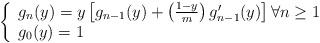
LaTeX: \begin{align*}\left\{\begin{array}{ll}g_n(y)=y\left[g_{n-1}(y)+\left(\frac{1-y}{m}\right)g'_{n-1}(y)\right]\forall n\geq 1\\g_0(y)=1\end{array}\right.\end{align*}